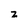
Character: z